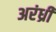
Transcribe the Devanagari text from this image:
अरंध्री